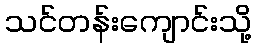
သင်တန်းကျောင်းသို့